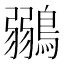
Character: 鶸